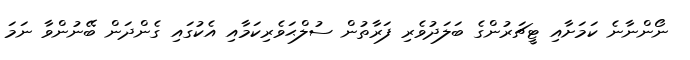
ނޯންނާނެ ކަމަށާއި ޓީޗަރުންގެ ބަލަދުވެރި ފަރާތުން ސުލްޙަވެރިކަމާއި އެކުގައި ގެންދަން ބޭނުންވާ ނަމަ